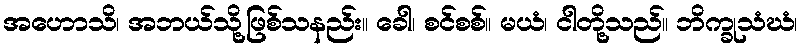
အဟောသိ၊ အဘယ်သို့ဖြစ်သနည်း။ ခေါ၊ စင်စစ်။ မယံ၊ ငါတို့သည်။ ဘိက္ခုသံဃံ၊